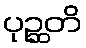
ပုဉ္ဆတိ